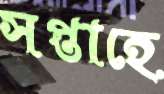
সপ্তাহে